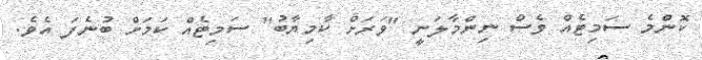
ކޮންމެ ސަމިޓެއް ވެސް ނިންމާލަނީ "ވަރަށް ކާމިޔާބު" ސަމިޓެއް ކަމަށް ބުނެފަ އެވެ.